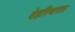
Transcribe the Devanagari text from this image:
देहस्थिरता